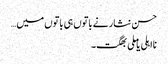
حسن نثار نے باتوں ہی باتوں میں…
نااہلی یا ملی بھگت۔